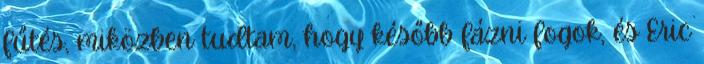
fűtés, miközben tudtam, hogy később fázni fogok, és Eric